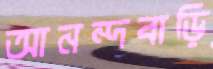
আনন্দবাড়ি